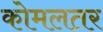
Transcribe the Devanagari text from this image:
कोमलतर